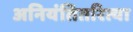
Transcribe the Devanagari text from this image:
अनियंतितरित्या